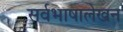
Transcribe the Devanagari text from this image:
सर्वभाषालेखन